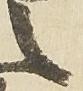
之